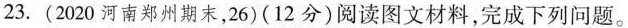
23.(2020河南郑州期末，26)(12分)阅读图文材料，完成下列问题。